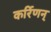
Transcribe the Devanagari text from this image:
कर्रिणन्